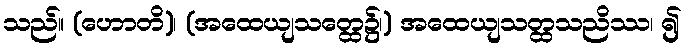
သည်။ (ဟောတိ)၊ (အထေယျသတ္ထေ၌၊) အထေယျသတ္ထသညိဿ၊ ၍